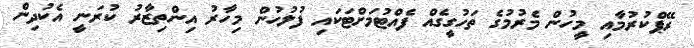
ރޭޕްކުރުމާއި މީހުން މެރުމުގެ ތަހުގީގެއް ފެއްޓުމަށްޓަކައި ފުލުހުން މިހާރު އިންތިޒާރު ކުރަނީ އެކުދިން